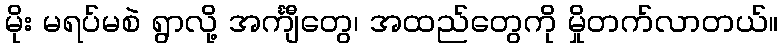
မိုး မရပ်မစဲ ရွာလို့ အင်္ကျီတွေ၊ အထည်တွေကို မှိုတက်လာတယ်။